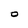
Character: O